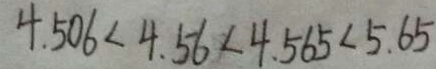
4 . 5 0 6 < 4 . 5 6 < 4 . 5 6 5 < 5 . 6 5